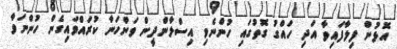
އޮޅުން ފިލާފައިވާ އަދި ހައްގު ގޮތުގައި ހުންނެވި އިސްލާންދީން ވަންހަނާ ކުރައްވައިގެން ހުންނަވާ